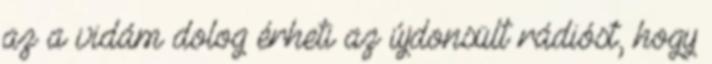
az a vidám dolog érheti az újdonsült rádióst, hogy